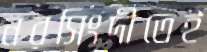
নরসিংদীতেই